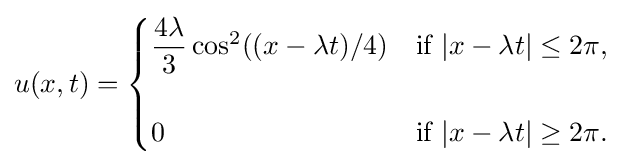
u(x,t)={\begin{cases}{\dfrac {4\lambda }{3}}\cos ^{2}((x-\lambda t)/4)&{\text{if }}|x-\lambda t|\leq 2\pi ,\\\\0&{\text{if }}|x-\lambda t|\geq 2\pi .\end{cases}}